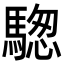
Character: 騘